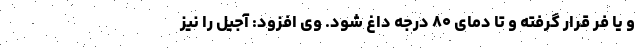
و یا فر قرار گرفته و تا دمای ۸۰ درجه داغ شود. وی افزود: آجیل را نیز